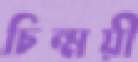
চিন্ময়ী